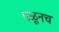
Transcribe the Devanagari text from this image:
पळूनच